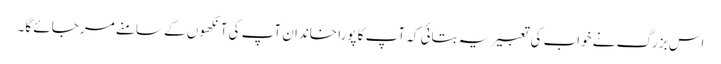
اس بزرگ نے خواب کی تعبیر یہ بتائی کہ آپ کا پورا خاندان آپ کی آنکھوں کے سامنے مر جائے گا۔